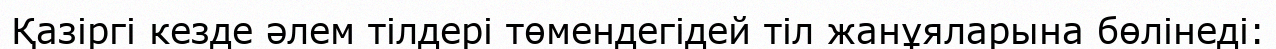
Қазіргі кезде әлем тілдері төмендегідей тіл жанұяларына бөлінеді: